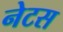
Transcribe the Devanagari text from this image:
नेटस